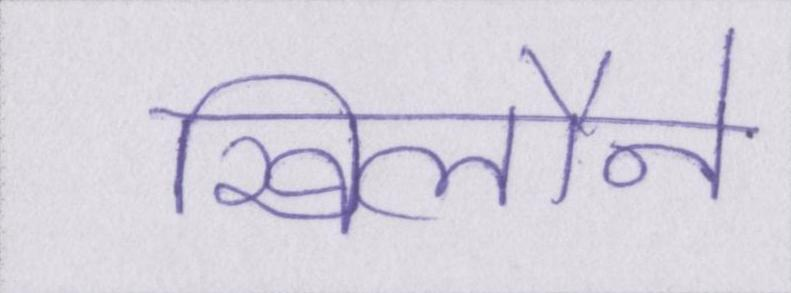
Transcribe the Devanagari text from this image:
खिलौने